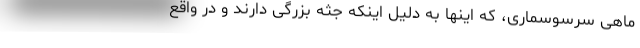
ماهی سرسوسماری، که اینها به دلیل اینکه جثه بزرگی دارند و در واقع